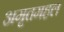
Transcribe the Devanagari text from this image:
अमृतमहल